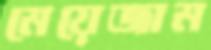
মেয়েজাম